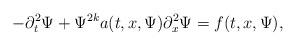
LaTeX: \begin{align*} -\partial_t^2 \Psi+ \Psi^{2k} a(t,x,\Psi) \partial_x^2 \Psi= f(t,x,\Psi),\end{align*}